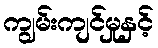
ကျွမ်းကျင်မှုနှင့်